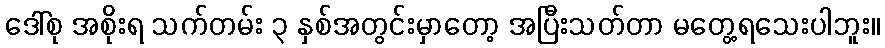
ဒေါ်စု အစိုးရ သက်တမ်း ၃ နှစ်အတွင်းမှာတော့ အပြီးသတ်တာ မတွေ့ရသေးပါဘူး။